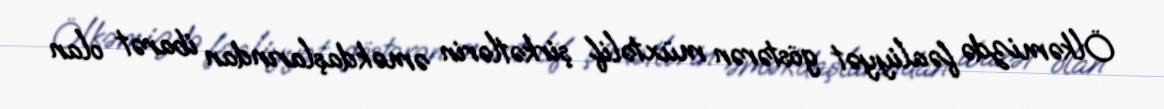
Ölkəmizdə fəaliyyət göstərən müxtəlif şirkətlərin əməkdaşlarından ibarət olan